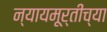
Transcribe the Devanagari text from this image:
न्यायमूर्तींच्या